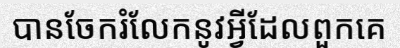
បានចែករំលែកនូវអ្វីដែលពួកគេ